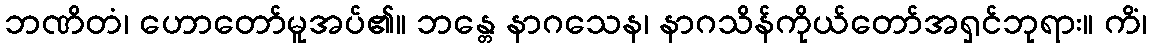
ဘဏိတံ၊ ဟောတော်မူအပ်၏။ ဘန္တေ နာဂသေန၊ နာဂသိန်ကိုယ်တော်အရှင်ဘုရား။ ကိံ၊